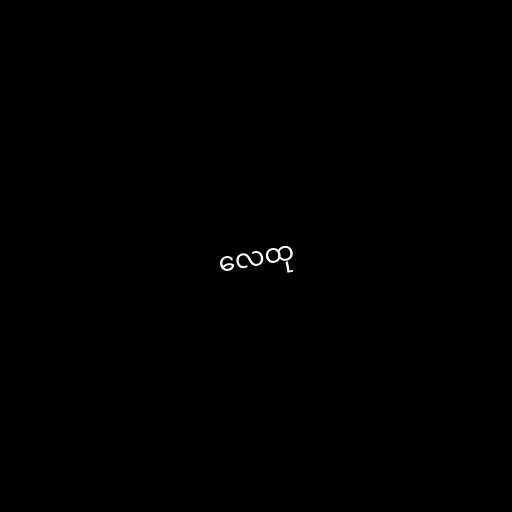
လေထု